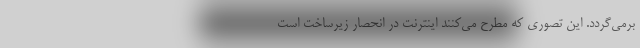
برمی‌گردد. این تصوری که مطرح می‌کنند اینترنت در انحصار زیرساخت است